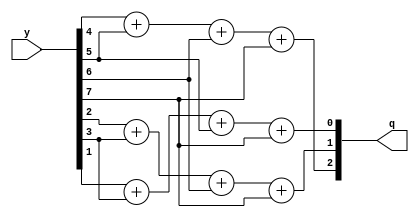
module encoder_8_3_data(y,q);
input [7:0]y;
output [2:0]q;
assign q[2] = y[4]+y[5]+y[6]+y[7];
assign q[1]=y[2]+y[3]+y[6]+y[7];
assign q[0]=y[1]+y[3]+y[5]+y[7];
endmodule